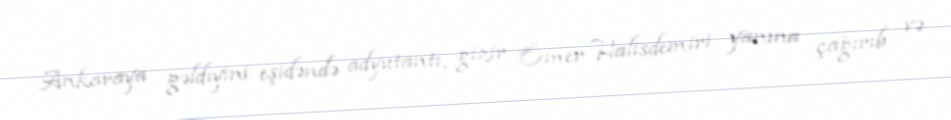
Ankaraya gəldiyini eşidəndə adyutantı, gizir Ömer Halisdemiri yanına çağırıb və